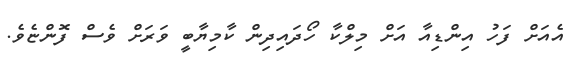
އެއަށް ފަހު އިންޑިއާ އަށް މިލްކާ ހޯދައިދިން ކާމިޔާބީ ވަރަށް ވެސް ފޮންޏެވެ.